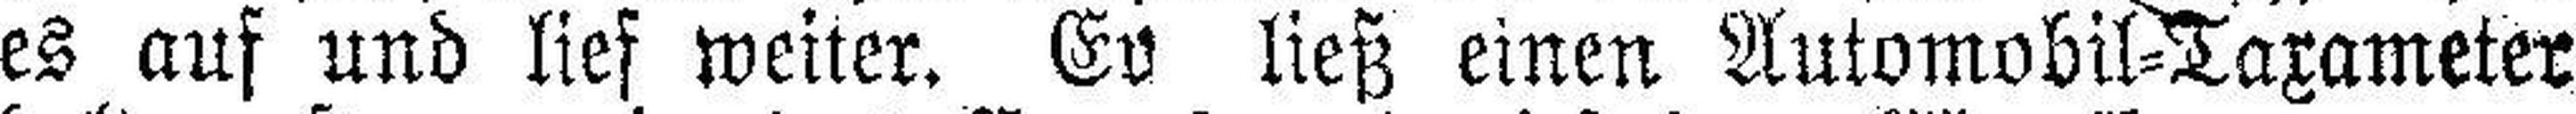
es auf und lief weiter. Ev ließ einen Automobil=Taxameter